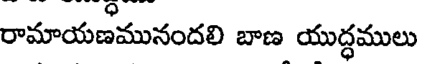
రామాయణమునందలి బాణ యుద్ధములు